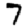
Digit: 7